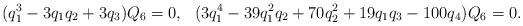
LaTeX: \begin{align*} (q_1^3 - 3 q_1 q_2 + 3 q_3) Q_6 &= 0, & (3 q_1^4 - 39 q_1^2 q_2 + 70 q_2^2 + 19 q_1 q_3 - 100 q_4) Q_6 &= 0. \end{align*}